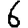
Digit: 6